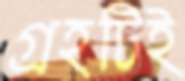
গ্রহটিই